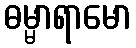
ဓမ္မာရာမော